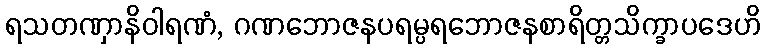
ရသတဏှာနိဝါရဏံ, ဂဏဘောဇနပရမ္ပရဘောဇနစာရိတ္တသိက္ခာပဒေဟိ